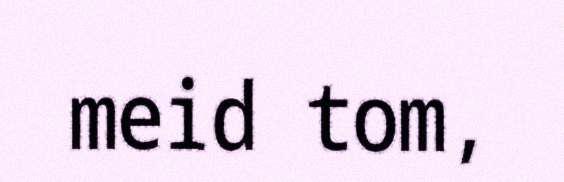
meid tom,